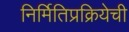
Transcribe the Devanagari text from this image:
निर्मितिप्रक्रियेची